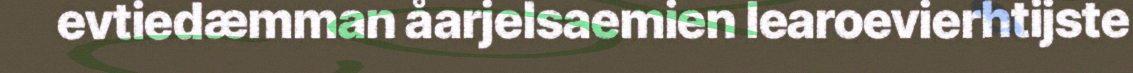
evtiedæmman åarjelsaemien learoevierhtijste